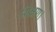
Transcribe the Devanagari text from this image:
शिक्षण।